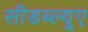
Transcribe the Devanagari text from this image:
सीडब्ल्यूए